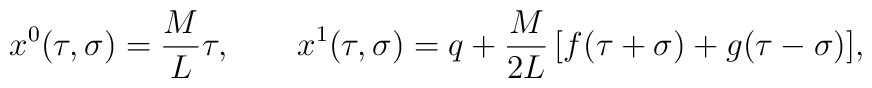
x^0(\tau ,\sigma )=\frac ML\tau ,\quad \quad x^1(\tau ,\sigma)=q+\frac M{2L}\,[f(\tau +\sigma )+g(\tau -\sigma )],